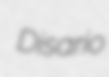
Disario